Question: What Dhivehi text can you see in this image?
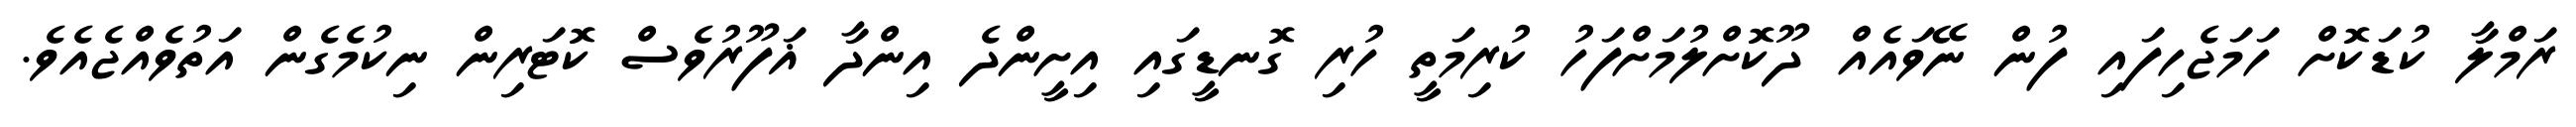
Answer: ރަމްލާ ކުޑަކޮށް ހަމަޖެހިފައި ފުން ނޭވައެއް ދޫކޮށްލުމަށްފަހު ކުރިމަތީ ހުރި ގޮނޑީގައި އިށީންދެ އިންދާ ޣަފޫރުވެސް ކޮޓަރިން ނިކުމެގެން އަތުވެއްޖެއެވެ.